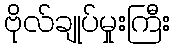
ဗိုလ်ချုပ်မှုးကြီး